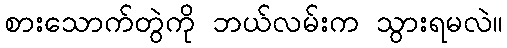
စားသောက်တွဲကို ဘယ်လမ်းက သွားရမလဲ။